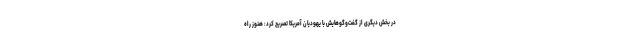
در بخش دیگری از گفت‌وگوهایش با یهودیان آمریکا تصریح کرد: هنوز راه